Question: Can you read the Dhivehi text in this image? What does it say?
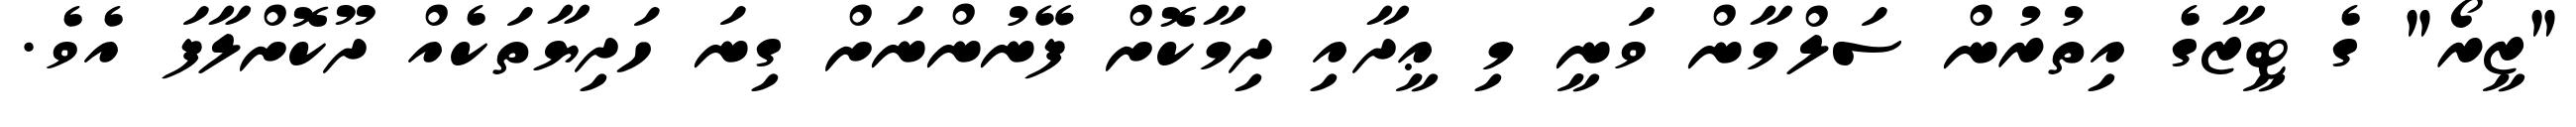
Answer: "ޒީރޯ" ގެ ޓީޒާގެ އިތުރުން ސަލްމާން ވަނީ މި ޢީދާއި ދިމާކޮށް ފޭނުންނަށް ގިނަ ހަދިޔާތަކެއް ދޫކޮށްލާފަ އެވެ.